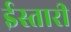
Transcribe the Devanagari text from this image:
ईस्तारी